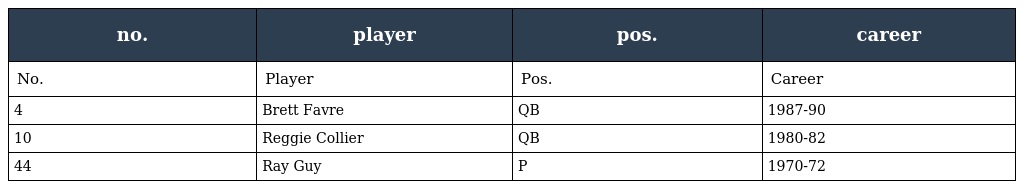
| no. | player | pos. | career |
 | --- | --- | --- | --- |
 | No. | Player | Pos. | Career |
 | 4 | Brett Favre | QB | 1987-90 |
 | 10 | Reggie Collier | QB | 1980-82 |
 | 44 | Ray Guy | P | 1970-72 |